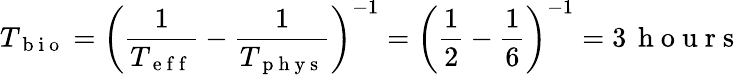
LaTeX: T_{\mathrm{~b~i~o~}}=\left(\frac{1}{T_{\mathrm{~e~f~f~}}}-\frac{1}{T_{\mathrm{~p~h~y~s~}}}\right)^{-1}=\left(\frac{1}{2}-\frac{1}{6}\right)^{-1}=3\, \mathrm{~h~o~u~r~s~}